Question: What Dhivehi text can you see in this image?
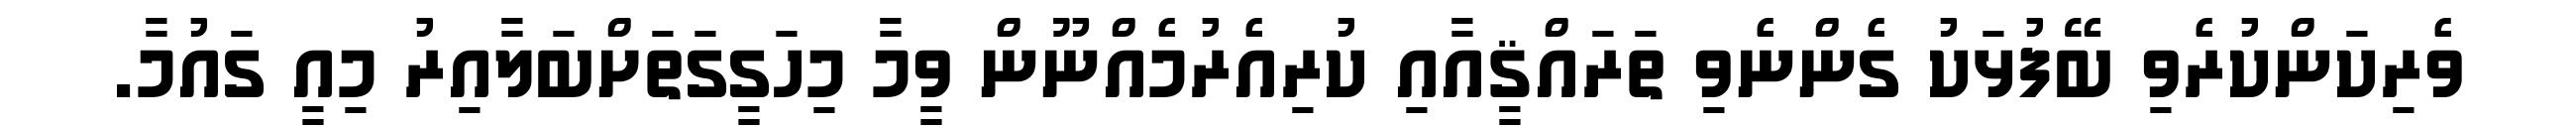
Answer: ވެރިކަންކުރެވި ބޭފުޅަކު ގެންނެވި ތަރައްޤީއާއި ކުރިއެރުމެއްނޫން ވީމާ މިހަގީގަތަށްބަލާއިރު މިއީ ގައުމާ.